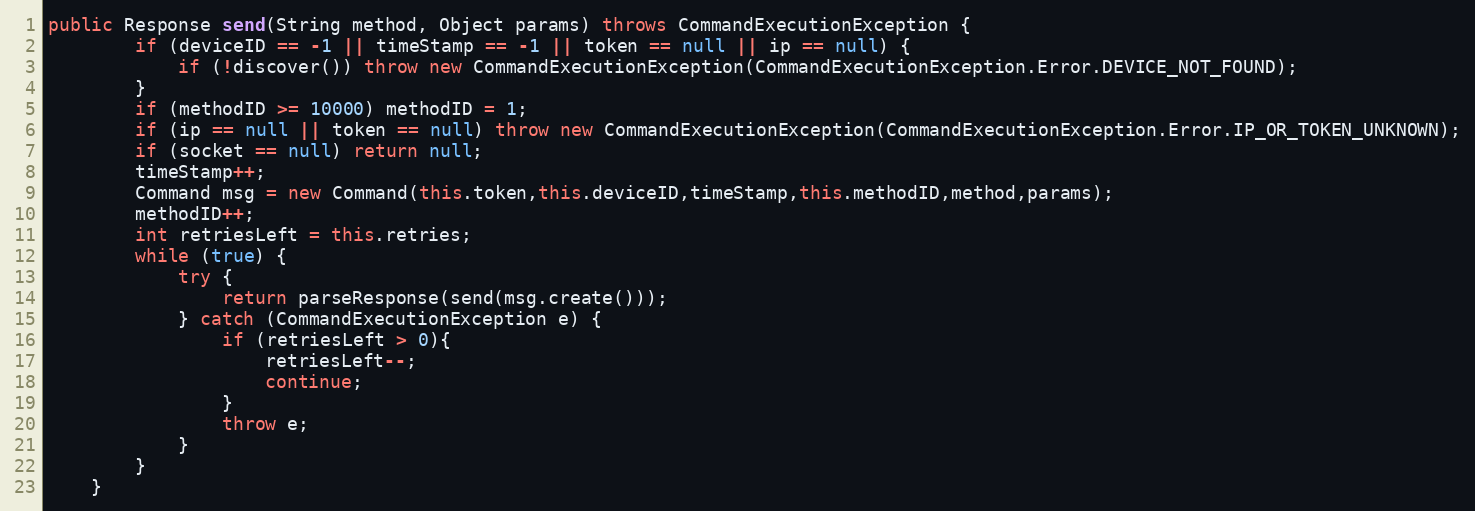
Language: Java
public Response send(String method, Object params) throws CommandExecutionException {
        if (deviceID == -1 || timeStamp == -1 || token == null || ip == null) {
            if (!discover()) throw new CommandExecutionException(CommandExecutionException.Error.DEVICE_NOT_FOUND);
        }
        if (methodID >= 10000) methodID = 1;
        if (ip == null || token == null) throw new CommandExecutionException(CommandExecutionException.Error.IP_OR_TOKEN_UNKNOWN);
        if (socket == null) return null;
        timeStamp++;
        Command msg = new Command(this.token,this.deviceID,timeStamp,this.methodID,method,params);
        methodID++;
        int retriesLeft = this.retries;
        while (true) {
            try {
                return parseResponse(send(msg.create()));
            } catch (CommandExecutionException e) {
                if (retriesLeft > 0){
                    retriesLeft--;
                    continue;
                }
                throw e;
            }
        }
    }